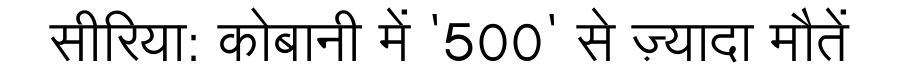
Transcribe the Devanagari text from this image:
सीरिया: कोबानी में '500' से ज़्यादा मौतें